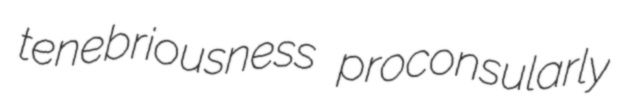
tenebriousness proconsularly